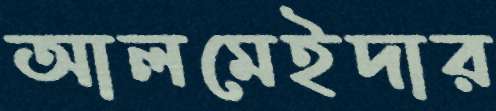
আলমেইদার